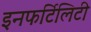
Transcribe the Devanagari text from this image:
इनफर्टिलिटी